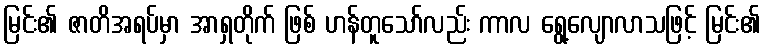
မြင်း၏ ဇာတိအရပ်မှာ အာရှတိုက် ဖြစ် ဟန်တူသော်လည်း ကာလ ရွေ့လျောလာသဖြင့် မြင်း၏